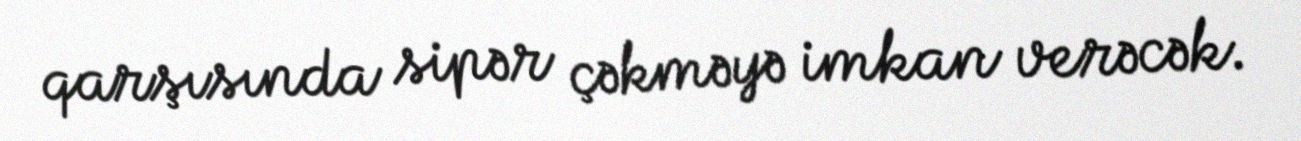
qarşısında sipər çəkməyə imkan verəcək.